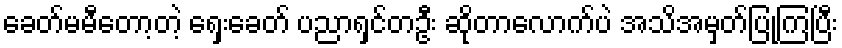
ခေတ်မမီတော့တဲ့ ရှေးခေတ် ပညာရှင်တဦး ဆိုတာလောက်ပဲ အသိအမှတ်ပြုကြပြီး